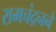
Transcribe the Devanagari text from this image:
रामचंद्रनने